Vital statistics of India. Vol. VI, European troops 1870-79
Year: 1870
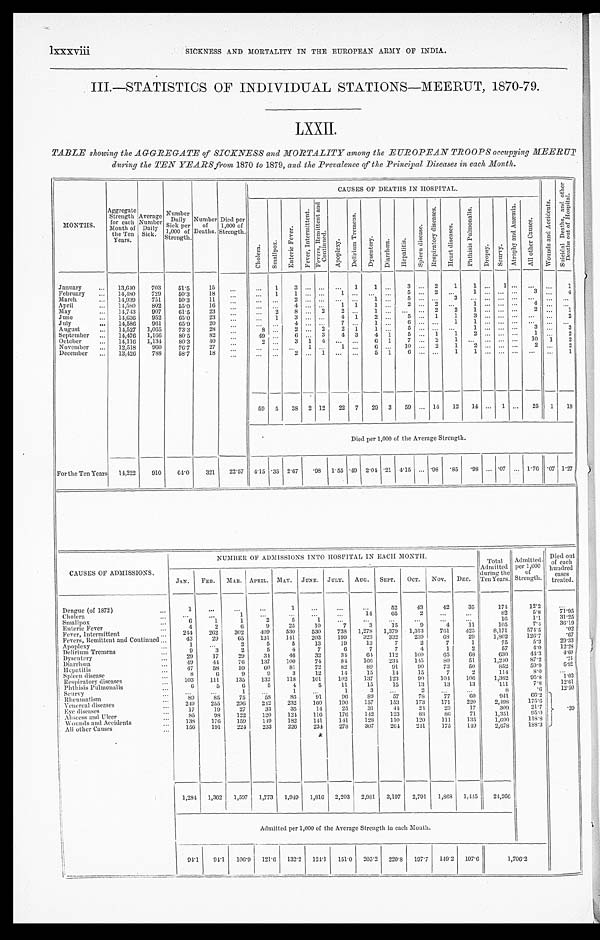
lXXXViii
SICKNESS AND MORTALITY IN THE EUROPEAN ARMY OF INDIA.
III.—STATISTICS OF INDIVIDUAL STATIONS-MEERUT, 1870-79.
LXXII.
TABLE showing the AGGREGATE of SICKNESS and MORTALITY among the EUROPEAN TROOPS occupying MEERUT
during the TEN YEARS from 1870 to 1879, and the Prevalence of the Principal Diseases in each Month.
MONTHS.
Aggregate Strength for each
Month of
the Ten
Years.
Average Number Daily
Sick.
Number Daily
Sick per
1,000 of
Strength.
Number of
Deaths.
Died per
1,000 of
St rengt h.
CAUSES OF DEATHS IN HOSPITAL.
W o u n d s a n d A c c i d e n t s .
S u i c i d a l D e a t h s , a n d o t h e r
D e a t h s o u t o f H o s p t i a l .
C h o l e r a . S m a l l p o x .
E n t e r i c F e v e r .
F e v e r , I n t e r m i t t e n t .
F e v e r s , R e m i t t e n t a n d
C o n t i n u e d .
A p o p l e x y .
D e l i r i u m T r e m e n s .
D y s e n t e r y . D i a r r h œa . H e p a t i t i s .
S p l e e n d i s e a s e s .
R e s p i r a t o r y d i s e a s e s .
H e a r t D i s e a s e s .
P h t h i s i s P u l m o n a l i s .
D r o p s y . S c u r v y .
A t r o p h y a n d A n æ m i a .
A l l o t h e r C a u s e s .
January
13,640 703 51.5 15
1
3
1 1
3
2 1 1
1
1
February
14,480 729 50.3 18
1 1
1
5
2
1
3
4
March
14,939 751 50.3 11
2
1
5
3
April
14,580 802 55.0 16
4
1 1
1
2
2
1
4
May
14,743 907 61.5 23
2 8
2 2
1
2 2 1
2
1
June
14,636 952 65.0 23
1
3
4 1 2
5
1
1 3
2
July
14,586 961 65.9 20
4
7
1
6
1 1
August
14,527 1,065 73.3 28
8
2
2 2 1
1
5
1
3
3
September
14,476 1,166 80.5 82
49
6
3 4 3 4 1 5
1
1 2
1
2
October
14,116 1,134 80.3 40
2
3 1 4
6 1 7
2 1
10 1 2
November
12,518 960 76.7 27
1
1
6
10
2 1
2
2
2
December
13,426 788 58.7 18
2
1
5 1 6
1
1
1
59 5 38 2 12 22 7 29 3 59
14 12 14
1
25 1 18
Died per 1,000 of the Average Strength.
For the Ten Years 14,222 910 64.0 321 22.57 4.15 .35 2.67 .98 1.55 .49 2.04 .21 4.15 .98 .85 . 98 .07
1.76 .07 1.27
CAUSES OF ADMISSIONS.
NUMBER OF ADMISSIONS INTO HOSPITAL IN EACH MONTH.
Total
Admitted
during the
Ten Years.
Admitted per 1,000
of
Strength.
Died out
of each
hundred cases
treated.
JAN. FEB. MAR. APRIL. MAY. JUNE. JULY. AUG. SEPT. OCT. NOV. DEC.
Dengue (of 1872)
1
1
52 43 42 35
174 12.2
Cholera
1
14 65
2
82
5 . 8
7 1 . 9 5
Smallpox
6
1
1
2
5
1
1 6
1 . 1 31. 25
Enteric Fever
4
2
6
9 25 10
7
3 15
9
4
1 1
1 0 5 7.4
3 6 . 1 9
Fever, Intermittent
244 262 302
4 0 9
5 3 0
5 3 0
7 3 8
1 , 2 7 8
1 , 3 7 9
1 , 3 1 3
7 6 1
4 2 5
8 , 1 7 1
5 7 4 . 5
. 0 2
Fevers, Remittent and Continued
43 29 65 131
1 4 1 203 199
3 2 3
3 3 2
2 3 9
6 8
2 9
1 , 8 0 2
1 2 6 . 7
. 6 7
Apoplexy
1
2
5
5
1 3
1 9
1 3
7
2
7
1
7 5
5 . 3
2 9 . 3 3
Delirium Tremens
9
3
2
5
4
7
6
7
7
4
1
2
57
4.0
1 2 . 2 8
Dysentery
29 17 29 34 46 32 34 64 112 100
6 5
6 8 630
4 4 . 3
4 . 6 0
Diarrhœa
49
44 76 137 100 74 84
1 6 6
2 3 4
1 4 5
8 0 51
1 , 2 4 0
8 7 . 2
. 2 4
Hepatitis
47 58 59 60 81 72 82 89 91
9 0
7 3
5 0
8 5 2
5 9 . 9
6 . 9 2
Spleen disease
8
6
9
9
3 12 14 15 14
1 5
7
2
1 1 4
8 . 0
Respiratory diseases
103 111 135 132 118 101
1 0 2 137
1 2 3
9 0 104 106
1, 362
9 5 . 8 1. 03
P h t h i s i s P u l m o u a l i s
6
5
6
5
4
5 11
1 5 15
1 3
1 3
1 3
1 1 1
7 . 8
1 2 . 6 1
Scurvy
1
1
1
3
2
8
. 6
1 2 . 5 0 .39
Rheumatism
89 85 75
5 8
8 6
9 1
9 6
8 9
5 7
7 8
7 7
6 0
9 4 1
6 6 . 2
Venereal diseases
249 255 296 242 232 160 190 157 153 173 171
2 2 0
2 , 4 9 8
1 7 5 . 6
Eye diseases
17 19 27 33 35 14
2 5
3 1
4 4
2 4
2 3
1 7
3 9 0
2 1 . 7
Abscess and Ulcer 85 98 122 120 124 116 176 142 123
8 8
8 6
7 1 1,351
9 5 . 0
Wounds and Accidents
138 176 159 149 182 141
1 4 1
1 2 8
1 1 0
1 2 0 111 135
1 , 6 9 0 118. 8
All other
Causes
156 191 224 233 226 234 278
3 0 7
2 6 4
2 4 1
1 7 5
1 4 9
2,678
1 8 8 . 3
1,284 1,362 1,597 1,773 1,949 1,816 2,203 2,981 3,197 2,791 1,868 1,445 24,266
Admitted per 1,000 of the Average Strength in each Month.
94.1
9 4 . 1 106. 9 121.6 132. 2 124. 1 151. 0 205. 2 220. 8 197.7 149.2 107.6
1 , 7 0 6 . 2